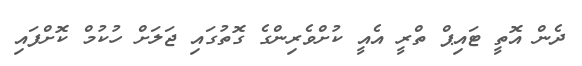
ދެން އޮތީ ޓައިޕް ތްރީ އެއީ ކުށްވެރިންގެ ގޮތުގައި ޖަލަށް ހުކުމް ކޮށްފައި